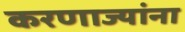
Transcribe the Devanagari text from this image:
करणाज्यांना